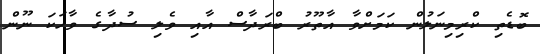
ބޮޑެތި ކްރިމިނަލުން ކަމަށްވާ އާތޫރު ބްރަދާސް އާއި ވެލި ސުދާގެ ވާހަކަ ނޫން